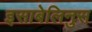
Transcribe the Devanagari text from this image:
इसाबेलिनुस